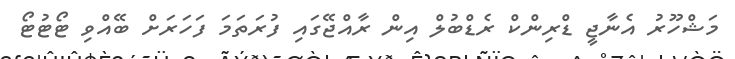
މަޝްހޫރު އެނާޖީ ޑްރިންކް ރެޑްބުލް އިން ރާއްޖޭގައި ފުރަތަމަ ފަހަރަށް ބޭއްވި ޓޯޓުޓޯ